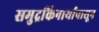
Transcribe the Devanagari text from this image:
समुद्रकिनार्यापासून